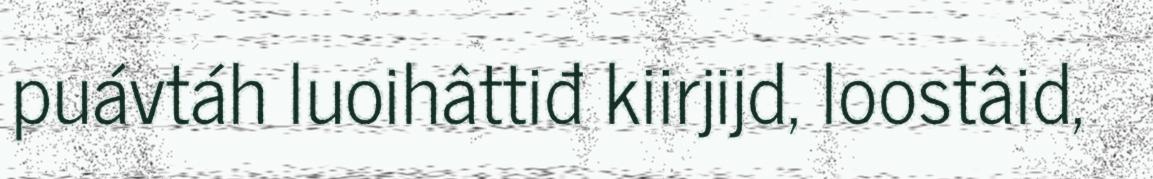
puávtáh luoihâttiđ kiirjijd, loostâid,